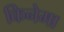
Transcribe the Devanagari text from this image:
किनेमा